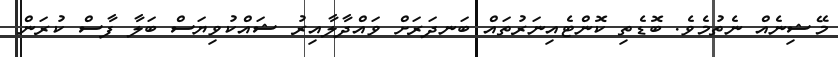
މޭޝިނެއް ނެތުމެވެ. ބޮޑެތި ކޮންޓެއިނަރުތައް ބަނދަރަށް ވައްދާލާއިރު ޝައްކުވިޔަސް ބަލާ ފާސް ކުރަން